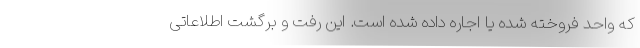
که واحد فروخته شده یا اجاره داده شده است. این رفت و برگشت اطلاعاتی